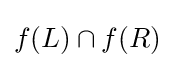
f(L)\cap f(R)